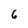
Character: 6